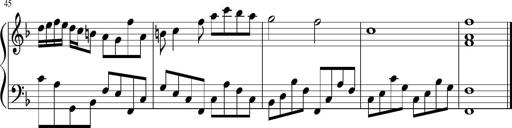
Title: Sonatina di Santa Gemma, JKB 12
Composer: Jason Baruk
Key: F major